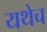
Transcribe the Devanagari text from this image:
यथेच